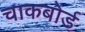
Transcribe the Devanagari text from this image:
चाकबोर्ड